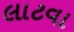
લાટવા